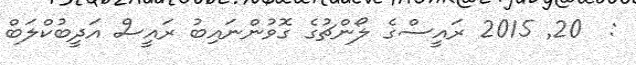
:  20